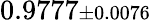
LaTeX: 0.9777{\scriptstyle\pm 0.0076}